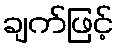
ချက်ဖြင့်